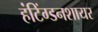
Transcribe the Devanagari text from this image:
हंटिंग्डनशायर